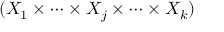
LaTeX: ( X _ { 1 } \times \cdots \times X _ { j } \times \cdots \times X _ { k } )